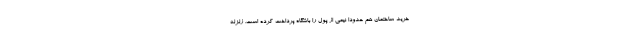
خرید ساختمان هم حدودا نیمی از پول را باشگاه پرداخت کرده است. زلزله